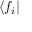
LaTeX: \langle f _ { i } |